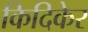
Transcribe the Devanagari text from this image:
किदिकेर